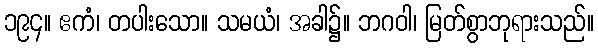
၁၉၄။ ဧကံ၊ တပါးသော။ သမယံ၊ အခါ၌။ ဘဂဝါ၊ မြတ်စွာဘုရားသည်။